Punjab Mental Hospital Lahore 1932-46 - 1932-1946
Year: 1932
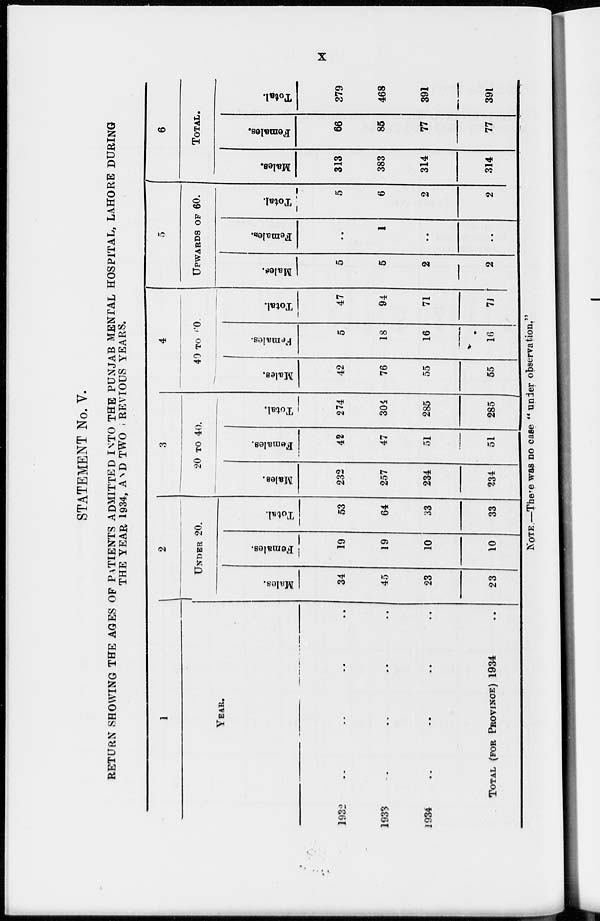
X
STATEMENT No. V.
RETURN SHOWING THE AGES OF PATIENTS ADMITTED INTO THE PUNJAB MENTAL HOSPITAL, LAHORE DURING
THE YEAR 1934, AND TWO PREVIOUS YEARS.
1
YEAR.
1933 .. .. .. ..
1934 .. .. .. ..
TOTAL (FOR PROVINCE) 1934 ..
2
UNDER 20.
Males.
34
45
23
23
Females.
19
19
10
10
Total.
53
64
33
33
3
20 TO 40.
Males.
232
257
234
234
Females.
42
47
51
51
Total.
274
304
285
285
4
40 TO 60.
Males.
42
76
55
55
Females.
5
18
16
16
Total.
47
94
71
71
5
UPWARDS OF 60.
Males.
5
5
2
2
Females.
..
1
..
..
Total.
5
6
2
2
6
TOTAL.
Males.
313
383
314
314
Females.
66
85
77
77
Total.
379
468
391
391
NOTE.—There was no case " under observation."